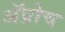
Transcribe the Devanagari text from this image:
अॅप्रोच